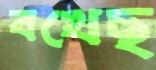
বখেছ